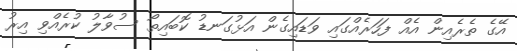
އޭގެ ތެރެއިން އެއް ފަހަރެއްގައި ވަޑައިގެން އަޅުގަނޑު ކޮބައިތޯ ސުވާލު ކުރެއްވި އިރު